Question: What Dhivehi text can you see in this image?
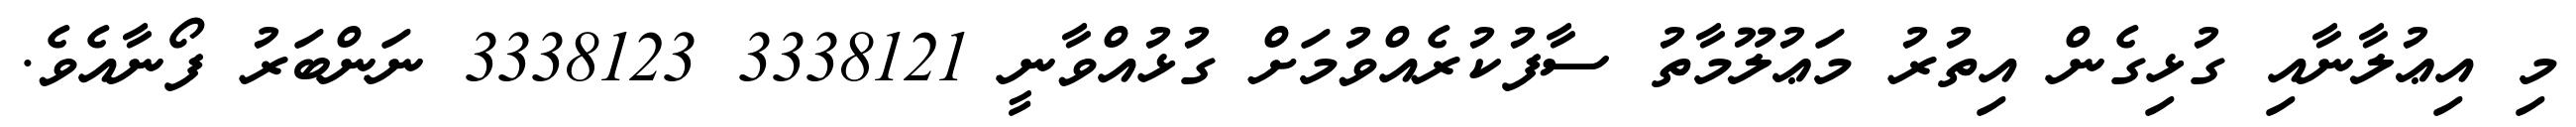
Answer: މި އިޢުލާނާއި ގުޅިގެން އިތުރު މަޢުލޫމާތު ސާފުކުރެއްވުމަށް ގުޅުއްވާނީ 3338121 3338123 ނަންބަރު ފޯނާއެވެ.